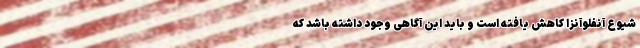
شیوع آنفلوآنزا کاهش یافته است و باید این آگاهی وجود داشته باشد که